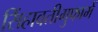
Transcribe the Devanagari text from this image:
सिंहावतीगुफामें